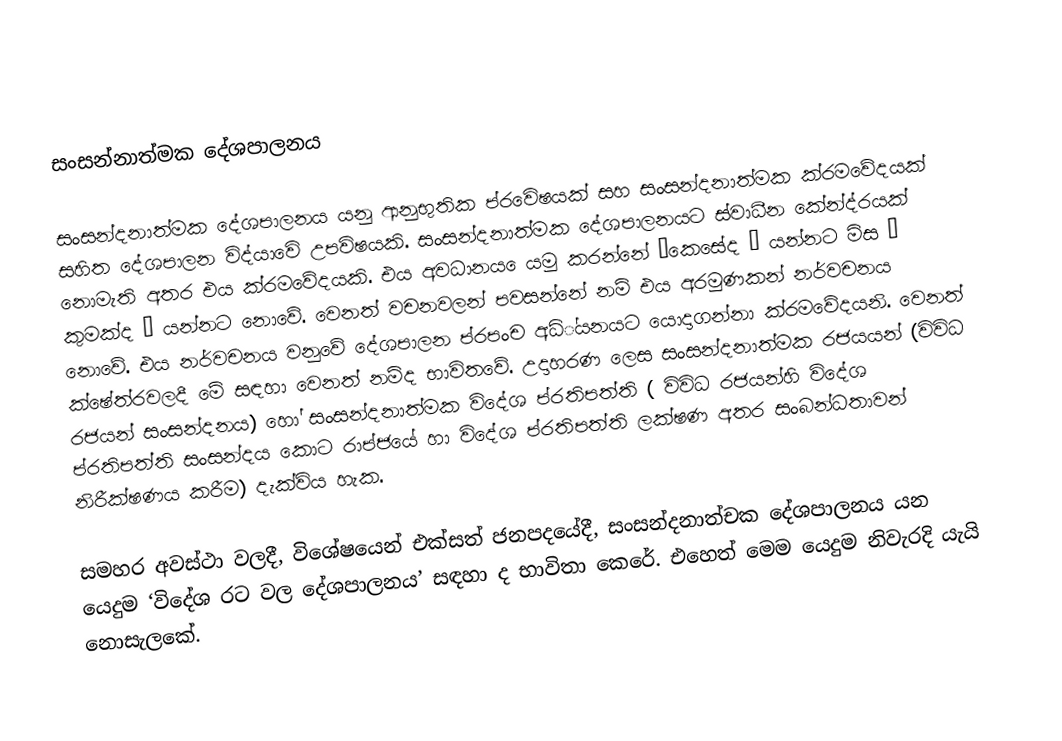
සංසන්නාත්මක දේශපාලනය

සංසන්දනාත්මක දේශපාලනය යනු ආනුභුතික ප්රවෙිෂයක් සහ සංසන්දනාත්මක ක්රමවේදයක් සහිත දේශපාලන විද්යාවෙි උපවිෂයකි. සංසන්දනාත්මක දේශපාලනයට ස්වාධීන කේන්ද්රයක් නොමැති අතර එය ක්රමවේදයකි. එය අවධානය ෙයමු කරන්නේ  ‘කෙසේද ‘ යන්නට මිස ‘ කුමක්ද ‘ යන්නට නොවේ. වෙනත් වචනවලන් පවසන්නේ නම් එය අරමුණකන් නර්වචනය නොවේ. එය නර්වචනය වනුවේ දේශපාලන ප්රපංච අධ්්යනයට යොදාගන්නා ක්රමවේදයනි. වෙනත් ක්ෂේත්රවලදී මේ සඳහා වෙනත් නම්ද භාවිතවේ. උදාහරණ ලෙස සංසන්දනාත්මක රජයයන්  (විවිධ රජයන් සංසන්දනය)  හෝ සංසන්දනාත්මක විදේශ ප්රතිපත්ති ( විවිධ රජයන්හි විදේශ ප්රතිපත්ති  සංසන්දය කොට රාප්ජයේ හා විදේශ ප්රතිපත්ති ලක්ෂණ අතර සංබන්ධතාවන් නිරීක්ෂණය කරීම) දැක්විය හැක.

සමහර අවස්ථා වලදී, විශේෂයෙන් එක්සත් ජනපදයේදී, සංසන්දනාත්චක දේශපාලනය යන යෙදුම ‘විදේශ රට වල දේශපාලනය’ සඳහා ද භාවිතා කෙරේ. එහෙත් මෙම යෙදුම නිවැරදි යැයි නොසැලකේ.